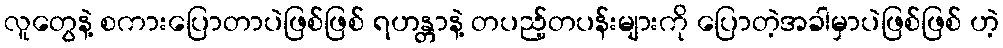
လူတွေနဲ့ စကားပြောတာပဲဖြစ်ဖြစ် ရဟန္တာနဲ့ တပည့်တပန်းများကို ပြောတဲ့အခါမှာပဲဖြစ်ဖြစ် ဟဲ့